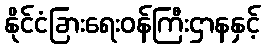
နိုင်ငံခြားရေးဝန်ကြီးဌာနနှင့်